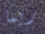
ربما